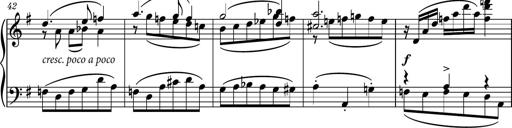
Title: Piano Sonatina No.7
Composer: Dimitri Sykias
Key: G major